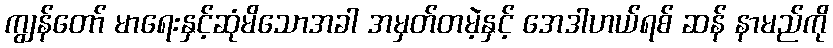
ကျွန်တော် မာရေးနှင့်ဆုံမိသောအခါ အမှတ်တမဲ့နှင့် အေဒါဟယ်ရစ် ဆန် နာမည်ကို